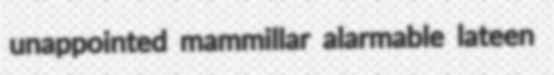
unappointed mammillar alarmable lateen